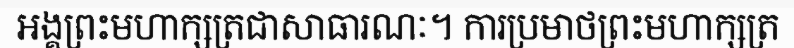
អង្គព្រះមហាក្សត្រជាសាធារណៈ។ ការប្រមាថព្រះមហាក្សត្រ